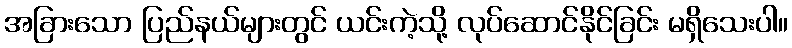
အခြားသော ပြည်နယ်များတွင် ယင်းကဲ့သို့ လုပ်ဆောင်နိုင်ခြင်း မရှိသေးပါ။